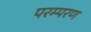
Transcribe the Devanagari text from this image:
परम्परण